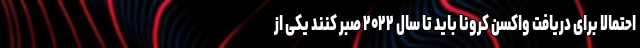
احتمالاً برای دریافت واکسن کرونا باید تا سال ۲۰۲۲ صبر کنند یکی از